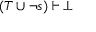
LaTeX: ( T \cup \lnot s ) \vdash \bot